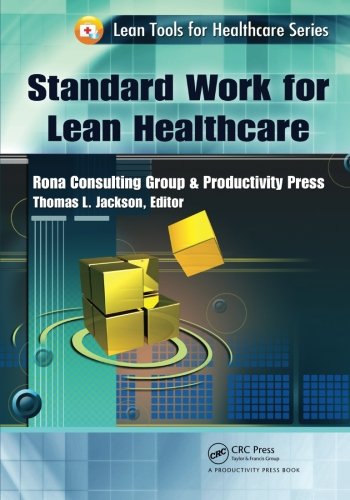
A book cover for Standard Work for Lean Healthcare (Lean Tools for Healthcare Series); Thomas L. Jackson; Business & Money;